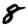
Digit: 8